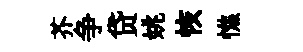
芥争贷姚恢憔